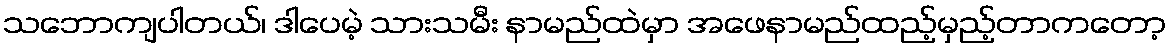
သဘောကျပါတယ်၊ ဒါပေမဲ့ သားသမီး နာမည်ထဲမှာ အဖေနာမည်ထည့်မှည့်တာကတော့